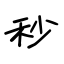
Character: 秒